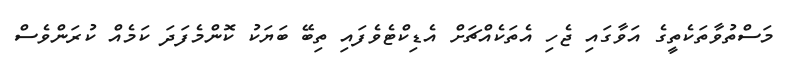
މަސްތުވާތަކެތީގެ އަވާގައި ޖެހި އެތަކެއްޗަށް އެޑިކްޓެވެފައި ތިބޭ ބަޔަކު ކޮންމެފަދަ ކަމެއް ކުރަންވެސް